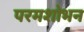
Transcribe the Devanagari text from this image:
परमशोभन